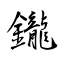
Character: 鑨